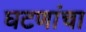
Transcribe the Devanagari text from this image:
घटणांचा